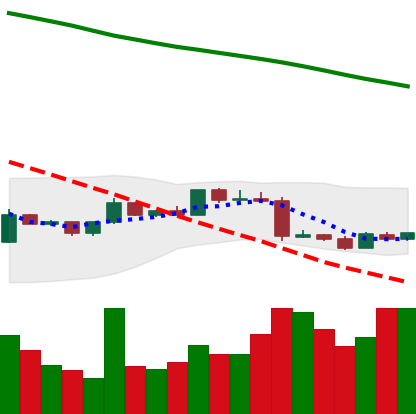
Ticker: XMR-USD
Chart end date: 2019-01-16
Forward return: -3.474%
Label: down_3_5